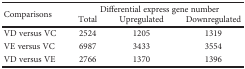
<table><thead><tr><td rowspan="2"><b>Comparisons</b></td><td colspan="3"><b>Differential express gene number</b></td></tr><tr><td><b>Total</b></td><td><b>Upregulated</b></td><td><b>Downregulated</b></td></tr></thead><tbody><tr><td>VD versus VC</td><td>2524</td><td>1205</td><td>1319</td></tr><tr><td>VE versus VC</td><td>6987</td><td>3433</td><td>3554</td></tr><tr><td>VD versus VE</td><td>2766</td><td>1370</td><td>1396</td></tr></tbody></table>